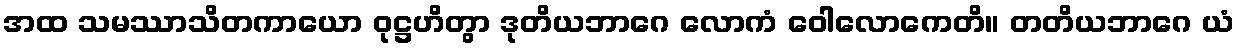
အထ သမဿာသိတကာယော ဝုဋ္ဌဟိတွာ ဒုတိယဘာဂေ လောကံ ဝေါလောကေတိ။ တတိယဘာဂေ ယံ